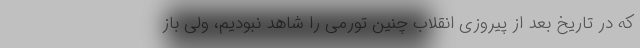
که در تاریخ بعد از پیروزی انقلاب چنین تورمی را شاهد نبودیم، ولی باز